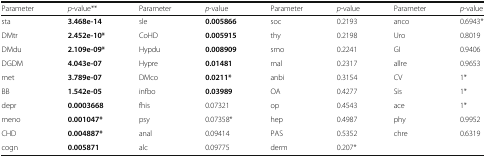
| Parameter | p-value** | Parameter | p-value | Parameter | p-value | Parameter | p-value |
 | --- | --- | --- | --- | --- | --- | --- | --- |
 | sta | 3.468e-14 | sle | 0.005866 | soc | 0.2193 | anco | 0.6943* |
 | DMtr | 2.452e-10* | CoHD | 0.005915 | thy | 0.2198 | Uro | 0.8019 |
 | DMdu | 2.109e-09* | Hypdu | 0.008909 | smo | 0.2241 | GI | 0.9406 |
 | DGDM | 4.043e-07 | Hypre | 0.01481 | mal | 0.2317 | allre | 0.9653 |
 | met | 3.789e-07 | DMco | 0.0211* | anbi | 0.3154 | CV | 1* |
 | BB | 1.542e-05 | infbo | 0.03989 | OA | 0.4277 | Sis | 1* |
 | depr | 0.0003668 | fhis | 0.07321 | op | 0.4543 | ace | 1* |
 | meno | 0.001047* | psy | 0.07358* | hep | 0.4987 | phy | 0.9952 |
 | CHD | 0.004887* | anal | 0.09414 | PAS | 0.5352 | chre | 0.6319 |
 | cogn | 0.005871 | alc | 0.09775 | derm | 0.207* |  |  |